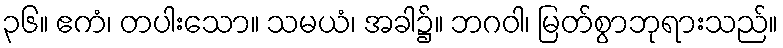
၃၆။ ဧကံ၊ တပါးသော။ သမယံ၊ အခါ၌။ ဘဂဝါ၊ မြတ်စွာဘုရားသည်။